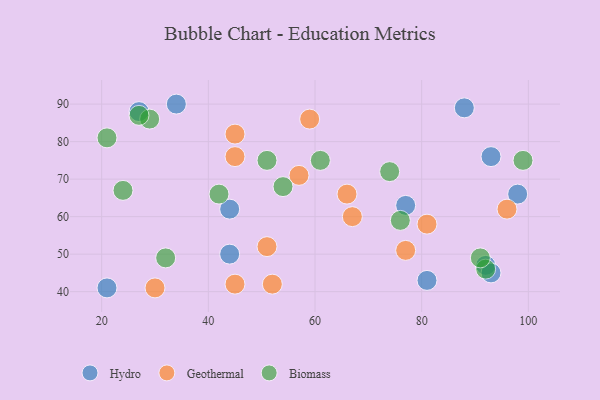
{"axis": {"x": "GDP", "y": "Life Expectancy"}, "legend": ["Biomass", "Geothermal", "Hydro"], "data": [{"x": "27", "y": 88, "type": "Hydro"}, {"x": "92", "y": 47, "type": "Hydro"}, {"x": "88", "y": 89, "type": "Hydro"}, {"x": "81", "y": 43, "type": "Hydro"}, {"x": "21", "y": 41, "type": "Hydro"}, {"x": "93", "y": 76, "type": "Hydro"}, {"x": "44", "y": 62, "type": "Hydro"}, {"x": "98", "y": 66, "type": "Hydro"}, {"x": "44", "y": 50, "type": "Hydro"}, {"x": "77", "y": 63, "type": "Hydro"}, {"x": "34", "y": 90, "type": "Hydro"}, {"x": "93", "y": 45, "type": "Hydro"}, {"x": "66", "y": 66, "type": "Geothermal"}, {"x": "45", "y": 42, "type": "Geothermal"}, {"x": "77", "y": 51, "type": "Geothermal"}, {"x": "96", "y": 62, "type": "Geothermal"}, {"x": "51", "y": 52, "type": "Geothermal"}, {"x": "67", "y": 60, "type": "Geothermal"}, {"x": "57", "y": 71, "type": "Geothermal"}, {"x": "30", "y": 41, "type": "Geothermal"}, {"x": "59", "y": 86, "type": "Geothermal"}, {"x": "81", "y": 58, "type": "Geothermal"}, {"x": "52", "y": 42, "type": "Geothermal"}, {"x": "45", "y": 82, "type": "Geothermal"}, {"x": "45", "y": 76, "type": "Geothermal"}, {"x": "42", "y": 66, "type": "Biomass"}, {"x": "29", "y": 86, "type": "Biomass"}, {"x": "92", "y": 46, "type": "Biomass"}, {"x": "99", "y": 75, "type": "Biomass"}, {"x": "74", "y": 72, "type": "Biomass"}, {"x": "51", "y": 75, "type": "Biomass"}, {"x": "21", "y": 81, "type": "Biomass"}, {"x": "76", "y": 59, "type": "Biomass"}, {"x": "61", "y": 75, "type": "Biomass"}, {"x": "32", "y": 49, "type": "Biomass"}, {"x": "91", "y": 49, "type": "Biomass"}, {"x": "24", "y": 67, "type": "Biomass"}, {"x": "27", "y": 87, "type": "Biomass"}, {"x": "54", "y": 68, "type": "Biomass"}]}